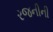
રજનીની